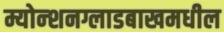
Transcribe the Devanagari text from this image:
म्योन्शनग्लाडबाखमधील